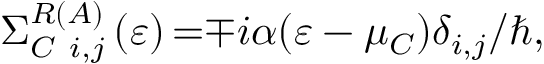
{ { \Sigma } } _ { { C \ i , j } } ^ { { R } \left( { A } \right) } \left( \varepsilon \right) { = } { \mp } i \alpha ( \varepsilon - \mu _ { C } ) { \delta } _ { i , j } { / } { \hbar } ,